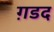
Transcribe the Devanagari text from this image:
ग़डद